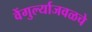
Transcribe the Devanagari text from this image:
वेंगुर्ल्याजवळचे